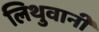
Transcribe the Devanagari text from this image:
लिथुवानी